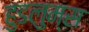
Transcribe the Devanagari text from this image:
हुडलुम्स